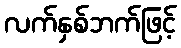
လက်နှစ်ဘက်ဖြင့်